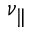
\nu _ { \parallel }